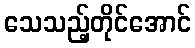
သေသည့်တိုင်အောင်